Medical and sanitary report of the native army of Madras for the year
Year: 1877
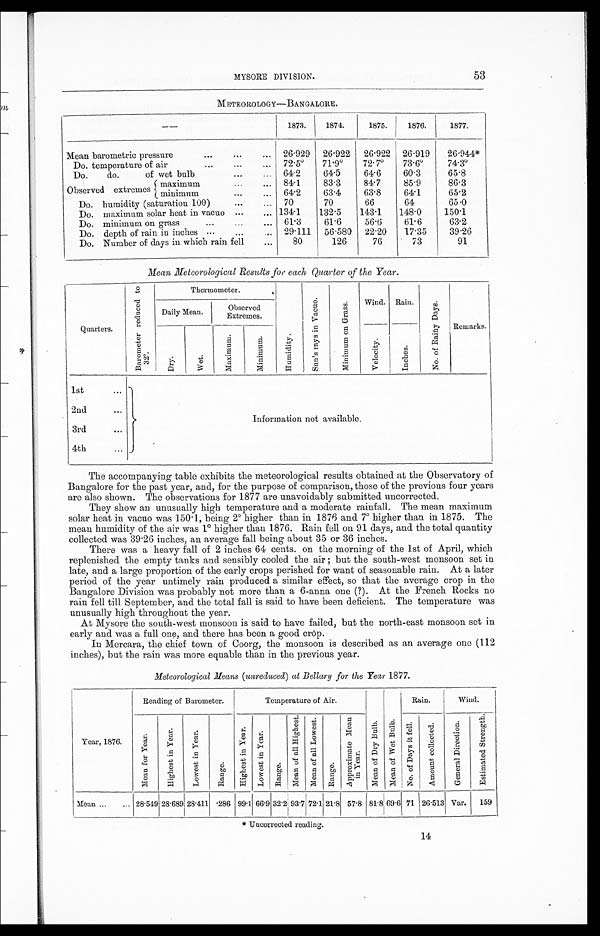
53
MYSORE DIVISION.
METEOROLOGY—BANGALORE.
--
1873.
1874.
1875.
1876.
1877.
Mean barometric pressure
...
...
...
26.929
26.922
26.922
26.919
26.944*
Do. temperature of air
...
...
...
72.5°71.9°72.7°73.6°74.3°D
o.
do.
of wet bulb
...
...
64.2
64.5
64.6
60.3
65.8
Observed extremes
maximum
. . .
. . .
84.1
83.3
84.7
85.9
86.3
minimum
. . .
. . .
64.2
63.4
63.8
64.1
65.2
Do. humidity (saturation 100)
. . .
...
70
70
66
64
65.0
Do. maximum solar heat in vacuo ...
... 134.1
132.5
143.1
148.0
150.1
Do. minimum on grass
. . .
. . .
. . .
61.3
61.6
56.6
61.6
63.2
Do. depth of rain in inches . . .
...
. . . 29.111
56.580
22.20
17.35
39.26
Do. Number of days in which rain fell
...
80
126
76
73
91
Mean Meteorological Results for each Quarter of the Year.
Quarters.
B a r o m e t e r r e d u c e d t o 3 2°.
Thermometer.
H u m i d i t y .
S u n ' s r a y s i n V a c u o .
M i n i m u m o n G r a s s .
4-1
Wind. Rain.
N o . o f R a i n y D a y .
Remarks.
Daily Mean.
Observed
Extremes.
D r y .
wet.
M a x i m u m .
M i n i m u m .
V e l o c i t y .
I n c h e s .
1st
. . .
Information not available.
2nd
...
3rd
...
4th
...
The accompanying table exhibits the meteorological results obtained at the Observatory of
Bangalore for the past year, and, for the purpose of comparison, those of the previous four years
are also shown. The observations for 1877 are unavoidably submitted uncorrected.
They show an unusually high temperature and a moderate rainfall. The mean maximum
solar heat in vacuo was 150.1, being 2° higher than in 1876 and 7° higher than in 1875. The
mean humidity of the air was 1° higher than 1876. Rain fell on 91 days, and the total quantity
collected was 39.26 inches, an average fall being about 35 or 36 inches.
There was a heavy fall of 2 inches 64 cents. on the morning of the 1st of April, which
replenished the empty tanks and sensibly cooled the air ; but the south-west monsoon set in
late, and a large proportion of the early crops perished for want of seasonable rain. At a later
period of the year untimely rain produced a similar effect, so that the average crop in the
Bangalore Division was probably not more than a 6-anna one (?). At the French Rocks no
rain fell till September, and the total fall is said to have been deficient. The temperature was
unusually high throughout the year.
At Mysore the south-west monsoon is said to have failed, but the north-east monsoon set in
early and was a full one, and there has been a good crop.
In Mercara, the chief town of Coorg, the monsoon is described as an average one (112
inches), but the rain was more equable than in the previous year.
Meteorological Means (unreduced) at Bellary for the Year 1877.
Reading of Barometer.
Temperature of Air.
M e a n o f D r y B u l b .
M e a n o f w e t B u l b .
Rain.
Wind.
Year, 1876.
M e a n f o r Y e a r .
H i g h e s t i n Y e a r .
L o w e s t i n Y e a r
.
R a n g e .
H i g h e s t i n Y e a r .
L o w e s t i n Y e a r .
R a n g e .
M e a n o f a l l H i g h e s t .
Me a n o f a l l L o w e s t .
R a n g e .
A p p r o x i m a t e M e a n i n Y e a r .
N o . o f D a y s i t f e l l .
A m o u n t c o l l o c t e d .
G e n e r a l D i r e c t i o n .
E s t i m a t e d S t r e n g t h .
Mean ...
... 28.549 28.689 28.411
. 286 99.1 66.9 32.2 93.7 72.1 21.8 57.8 81.8
6 9 . 6 71 26.513 Var.
159
* Uncorrected reading.
14